system: You are a helpful assistant.
user:
Analyze the provided spectrum to determine if it is a **M-type Giant (gM)**.

A M-type Giant spectrum is defined by its **strong molecular absorption** features, particularly from **Titanium Oxide (TiO)**. You must check for one of the following mutually exclusive signatures:

- **Key Visual Indicators (Absorption-Dominated Spectrum):**

    - **(Primary):** The spectrum is dominated by strong molecular absorption from **Titanium Oxide (TiO)**. This is the **defining feature** of its M-type temperature class.
        - **(Key Bandheads):** Look for sharp, "saw-tooth" absorption valleys. The strongest are located near **~7050 Å**, **~6160 Å**, and **~5170 Å**.
        - **(Line Profile):** The "saw-tooth" morphology is critical: a **sharp, steep drop on the BLUE (short-wavelength) side** of the bandhead, followed by a gradual recovery (rising flux) towards the RED (long-wavelength) side.

    - **(Key Confirmation - Giant vs. Dwarf):** **ABSENCE** of strong **Calcium Hydride (CaH)** molecular bands. This is the primary diagnostic for *excluding* M-dwarfs.
        - **(Key Region):** The spectrum should lack the strong, broad absorption band seen in dwarfs between **~6800 Å and ~7000 Å**.

    - **(Secondary Confirmation - Giant):** A very strong and broad **Neutral Calcium (Ca I)** atomic absorption line.
        - **(Key Line):** Located at **~4226 Å**. In a giant (gM), this line is significantly deeper and broader than the same line in an M-dwarf (dM) due to low surface gravity.

    - **(Overall Spectrum):**
        - The continuum is **extremely red-sloping** (i.e., flux is very low in the blue and rises dramatically towards the red).
        - The entire spectrum appears "chopped up" by the deep TiO bands.

Think first, call **spectral_visualization_tool** if needed to examine features in detail, then provide your final answer. Your response must adhere to the following strict rules:
1.  **Overall Structure:** Your response must follow the format `<think>...</think> <tool_call>...</tool_call> (if a tool is used) <answer>...</answer>`.
2.  **Tool Usage Constraint:** You may only make **one** tool call per turn.
3.  **Final Answer Format:** In the `<answer>` tag, your conclusion must be inside a `\boxed{}` command (e.g., `\boxed{YES}` or `\boxed{NO}`), followed by your justification.

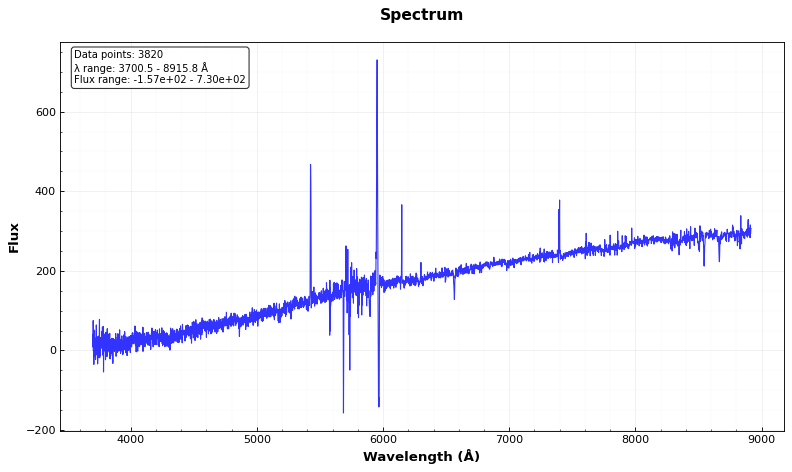
Answer: NO